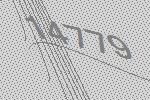
14779